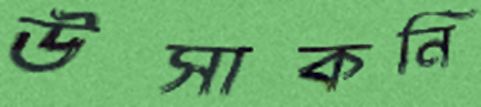
উসাকনি